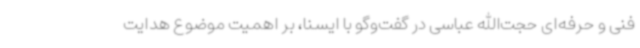
فنی و حرفه‌ای حجت‌الله عباسی در گفت‌وگو با ایسنا، بر اهمیت موضوع هدایت